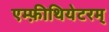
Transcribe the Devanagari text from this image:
एम्फ़ीथियेटरम्